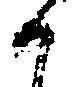
候